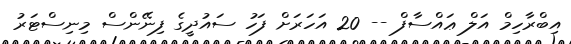
އިބްރާހިމް އަލް ޢައްސާފް -- 20 އަހަރަށް ފަހު ސައުދީގެ ފިނޭންސް މިނިސްޓަރު